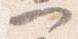
可